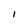
Character: i